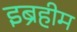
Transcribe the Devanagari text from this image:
इब्रहीम